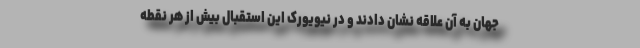
جهان به آن علاقه نشان دادند و در نیویورک این استقبال بیش از هر نقطه